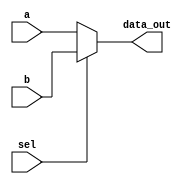
`timescale 1ns / 1ps

module Mux_2x1(a, b, sel, data_out); //defining func parameters

//Inputs -- 3 inputs: 2 data inputs & 1 selection line
input [63:0] a; // 64 bits
input [63:0] b; //64 bits
input sel; // 1 bit

//outputs -- 1 output: 64 bit
output reg [63:0] data_out;

//always statement
always @(a,b,sel) //parameters which trigger reevaluation- their values change
begin

//case(sel)  //2 inputs-  2 possibilities
//    0 : data_out <= a; //if sel = 0 then data is a else b
//    1:  data_out <= b; 
//endcase
if (sel)
    data_out <= b;
else
    data_out <= a;

end
endmodule